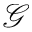
\mathcal { G }